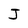
Character: J